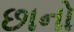
છાનો